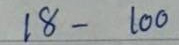
18 - 100